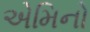
એમિનો